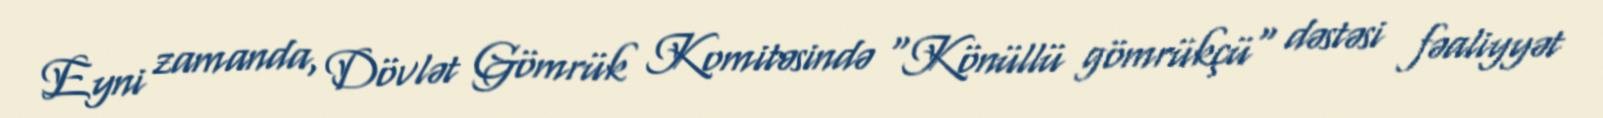
Eyni zamanda, Dövlət Gömrük Komitəsində "Könüllü gömrükçü" dəstəsi fəaliyyət